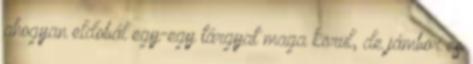
ahogyan eldobál egy-egy tárgyat maga körül, de jámbor és